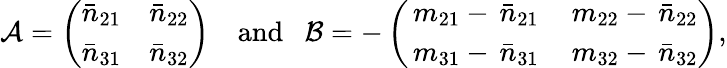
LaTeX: \mathcal{A}=\left(\begin{array}{cc}{\bar{n}_{21}}&{\bar{n}_{22}}\\ {\bar{n}_{31}}&{\bar{n}_{32}}\end{array}\right)~~~~\mathrm{and}~~~\mathcal{B}=-\left(\begin{array}{cc}{\, m_{21}-\, \bar{n}_{21}}&{\, m_{22}-\, \bar{n}_{22}}\\ {\, m_{31}-\, \bar{n}_{31}}&{\, m_{32}-\, \bar{n}_{32}}\end{array}\right),